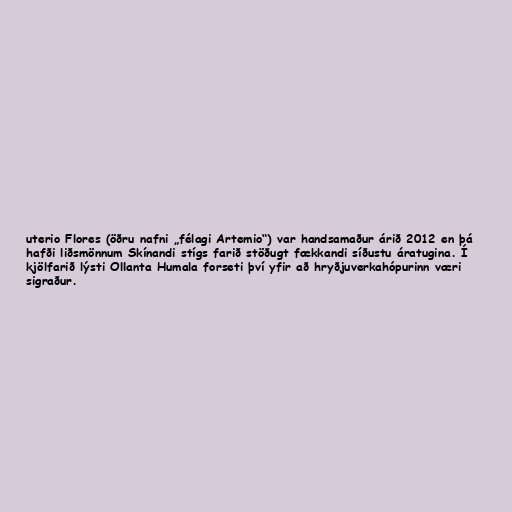
uterio Flores (öðru nafni „félagi Artemio“) var handsamaður árið 2012 en þá
hafði liðsmönnum Skínandi stígs farið stöðugt fækkandi síðustu áratugina. Í
kjölfarið lýsti Ollanta Humala forseti því yfir að hryðjuverkahópurinn væri
sigraður.